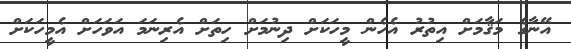
އޭނާގެ މަޤާމަށް އިތުރު އެހެން މީހަކަށް ދިނުމަށް ހިތަށް އެރިނަމަ އަވަހަށް އެމީހަކަށް